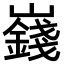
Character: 𪩞